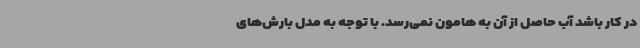
در کار باشد آب حاصل از آن به هامون نمی‌رسد. با توجه به مدل بارش‌های